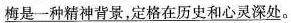
梅是一种精神背景，定格在历史和心灵深处。